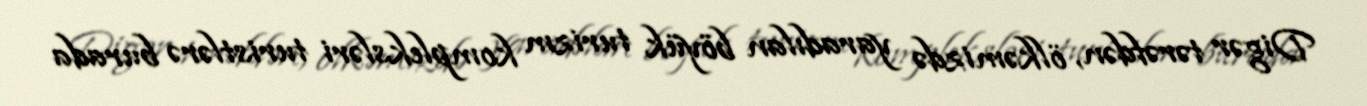
Digər tərəfdən, ölkəmizdə yaradılan böyük turizm kompleksləri turistlərə burada